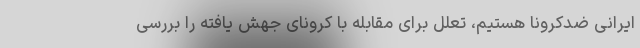
ایرانی ضدکرونا هستیم، تعلل برای مقابله با کرونای جهش یافته را بررسی